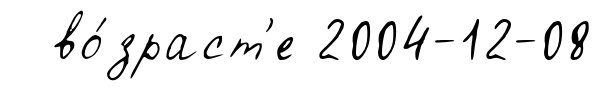
во́зраст'е 2004-12-08